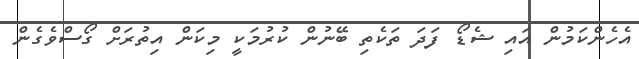
އެހެންކަމުން އައި ޝެޑޯ ފަދަ ތަކެތި ބޭނުން ކުރުމަކީ މިކަން އިތުރަށް ގޯސްވެގެން